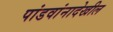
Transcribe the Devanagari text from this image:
पांडवांनादेखील